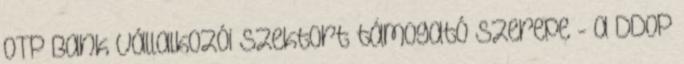
OTP Bank vállalkozói szektort támogató szerepe - a DDOP